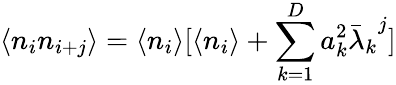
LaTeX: \langle n_{i}n_{i+j}\rangle=\langle n_{i}\rangle[\langle n_{i}\rangle+\sum_{k=1}^{D}a_{k}^{2}{{\bar{\lambda}}_{k}}^{j}]